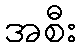
အစီး